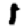
Digit: 1